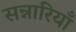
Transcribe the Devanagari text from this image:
सन्नारियाँ